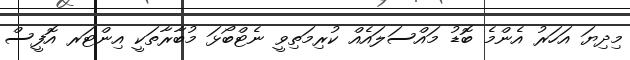
މިދިޔަ އަހަރު އެންމެ ބޮޑު މައްސަލައެއް ކުރިމަތިވީ ނެޓްބޯޅަ މުބާރާތަކީ އިންޓަރ އޮފީސް